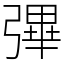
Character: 彃